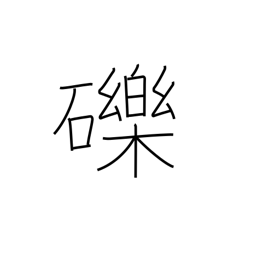
Meaning: small stones